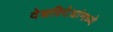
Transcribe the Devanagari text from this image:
देशविदेशांमध्ये